Vital statistics of India. Vol. IV, Annual returns from 1871 to 1876. British Army of India, Native Army and jails of Bengal
Year: 1871
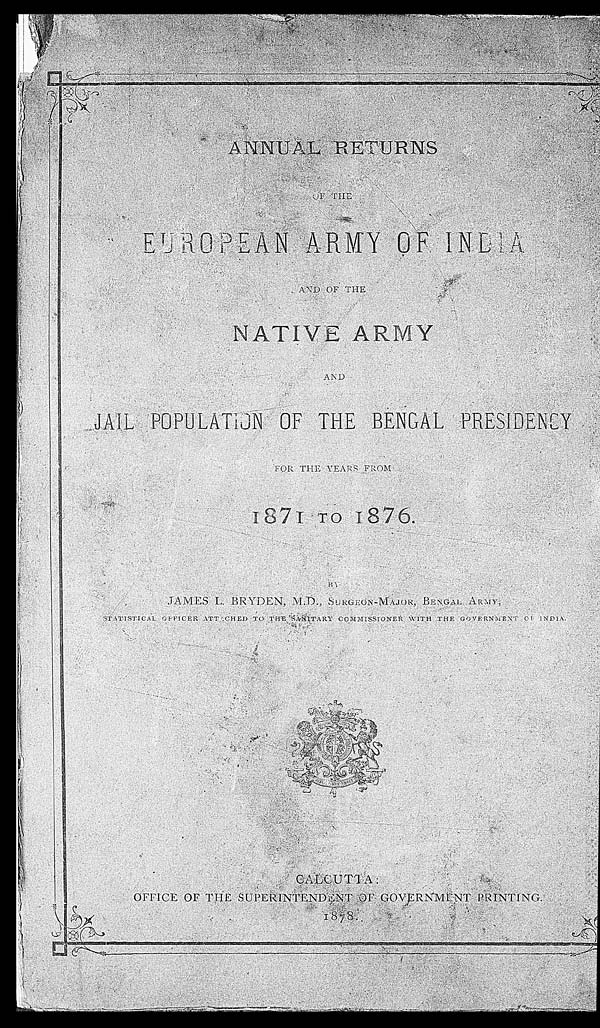
ANNUAL RETURNS
OF THE
EUROPEAN ARMY OF INDIA
AND OF THE
NATIVE ARMY
AND JAIL POPULATION OF THE BENGAL PRESIDENCY
FOR THE YEARS FROM
1871 TO 1876.
BY JAMES L. BRYDEN, M.D., SURGEON-MAJOR, BENGAL ARMY,
STATISTICAL OFFICER ATTACHED TO THE SANITARY COMMISIONER WITH THE GOVERNMENT OF INDIA.
C AL C UT T A:
O F F I C E O F T H E S U P E R I N T E N D E N T O F G O V E R N M E N T P R I N T I N G .
1878